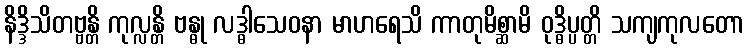
နိဒ္ဒိသိတဗ္ဗန္တိ ကုလ္လန္တိ ဗန္ဓု လဒ္ဓါသေဝနာ မာဟရေသိ ကာတုမိစ္ဆာမိ ဝုဒ္ဓိပ္ပတ္တိ သကျကုလတော